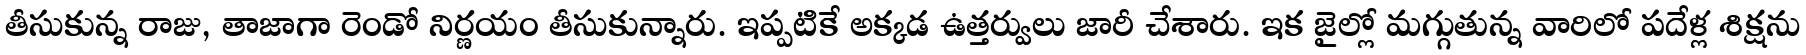
తీసుకున్న రాజు, తాజాగా రెండో నిర్ణయం తీసుకున్నారు. ఇప్పటికే అక్కడ ఉత్తర్వులు జారీ చేశారు. ఇక జైల్లో మగ్గుతున్న వారిలో పదేళ్ల శిక్షను